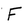
Character: F